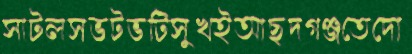
সাটলসভটভটিসুখইআছদগঞ্জতেদো